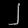
Digit: ၂